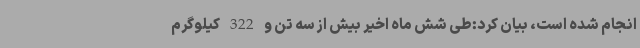
انجام شده است، بیان کرد:طی شش ماه اخیر بیش از سه تن و 322 کیلوگرم